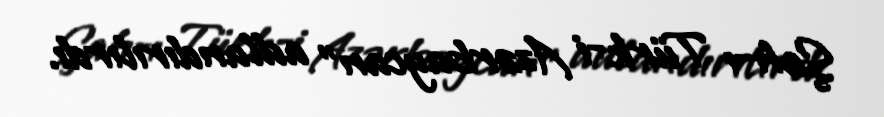
Şah-ı Türk-i Azərbaycan" adlandırılırdı.